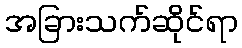
အခြားသက်ဆိုင်ရာ